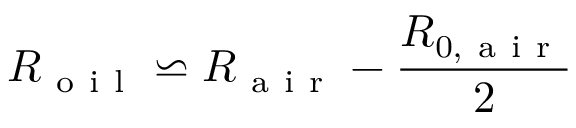
R _ { \mathrm { ~ o ~ i ~ l ~ } } \backsimeq R _ { \mathrm { ~ a ~ i ~ r ~ } } - \frac { R _ { 0 , \mathrm { ~ a ~ i ~ r ~ } } } { 2 }